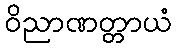
ဝိညာဏတ္တာယံ